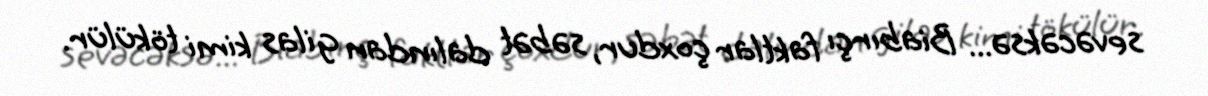
sevəcəksə... Biabırçı faktlar çoxdur, səbət dalından gilas kimi tökülür.